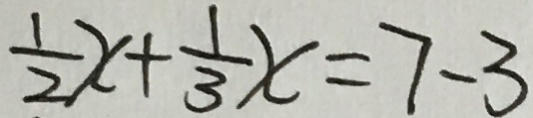
\frac { 1 } { 2 } x + \frac { 1 } { 3 } x = 7 - 3